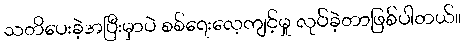
သတိပေးခဲ့အပြီးမှာပဲ စစ်ရေးလေ့ကျင့်မှု လုပ်ခဲ့တာဖြစ်ပါတယ်။